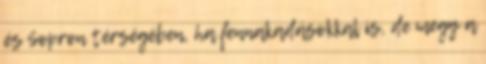
és Sopron térségében, ha fennakadásokkal is, de megy a